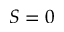
S = 0